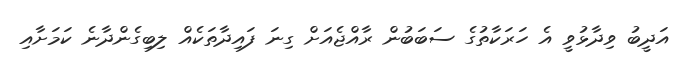
އަދީބު ވިދާޅުވީ އެ ހަރަކާތުގެ ސަބަބުން ރާއްޖެއަށް ގިނަ ފައިދާތަކެއް ލިބިގެންދާނެ ކަމަށާއި